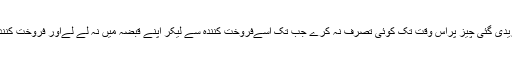
چنانچہ حکمت پر مبنی شریعت ِکاملہ کی یہ خوبی ہے کہ اس نے خریدار پر یہ شرط عائد کردی ہے کہ وہ خریدی گئی چیز پراس وقت تک کوئی تصرّف نہ کرے جب تک اُسےفروخت کنندہ سے لیکر اپنے قبضہ میں نہ لے لےاور فروخت کنندہ سے اس کامکمل تعلق ختم نہ ہوجائے، تا کہ وہ سودا فسخ(ختم)کرنےیا قبضہ نہ دینے کا سوچ بھی نہ سکے ۔